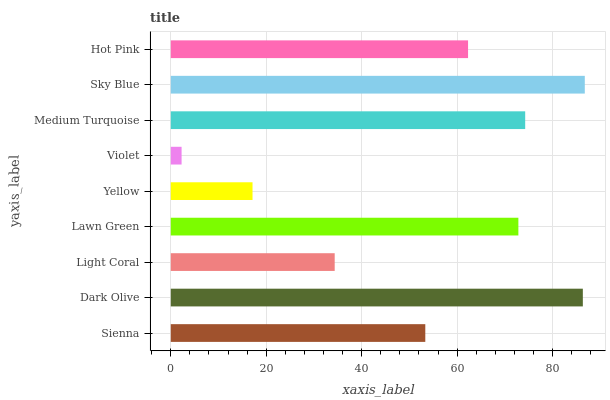
| yaxis_label | bars |
 | --- | --- |
 | Sienna | 53.3 |
 | Dark Olive | 86.3 |
 | Light Coral | 34.3 |
 | Lawn Green | 72.8 |
 | Yellow | 17.1 |
 | Violet | 2.27 |
 | Medium Turquoise | 74.3 |
 | Sky Blue | 86.7 |
 | Hot Pink | 62.3 |